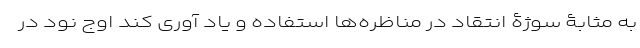
به مثابۀ سوژۀ انتقاد در مناظره‌ها استفاده و یاد آوری کند اوج نود در